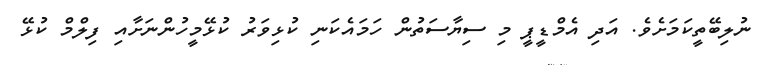
ނުލިބޭތީކަމަށެވެ. އަދި އެމްޑީޕީ މި ސިޔާސަތުން ހަމައެކަނި ކުޅިވަރު ކުޅޭމީހުންނަށާއި ފިލްމް ކުޅޭ